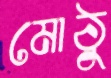
মোঠু